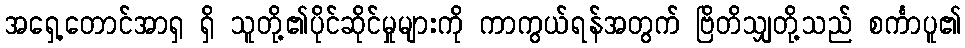
အရှေ့တောင်အာရှ ရှိ သူတို့၏ပိုင်ဆိုင်မှုများကို ကာကွယ်ရန်အတွက် ဗြိတိသျှတို့သည် စင်္ကာပူ၏